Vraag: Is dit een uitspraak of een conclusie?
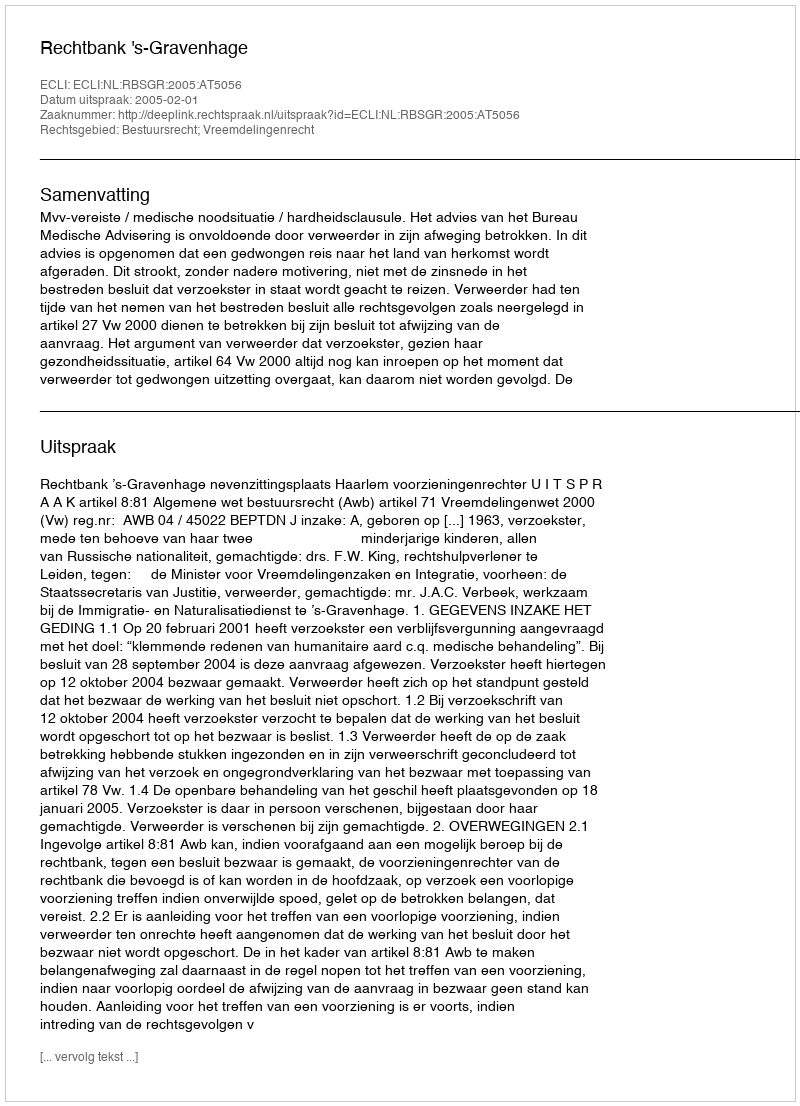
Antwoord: Uitspraak